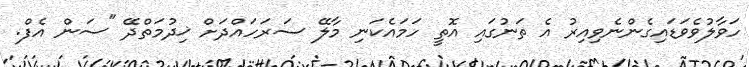
ހަވާލުވެވަޑައިގެންނެވިއިރު އެ ތަނުގައި އޮތީ ހަމައެކަނި މާލޭ ސަރަހައްދަށް ޚިދުމަތްދޭ "ސަން އެފް.